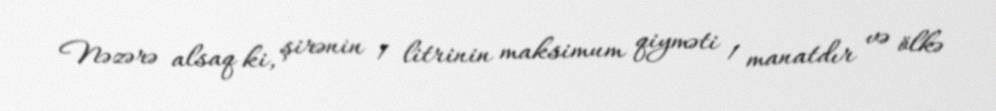
Nəzərə alsaq ki, şirənin 1 litrinin maksimum qiyməti 1 manatdır və ölkə